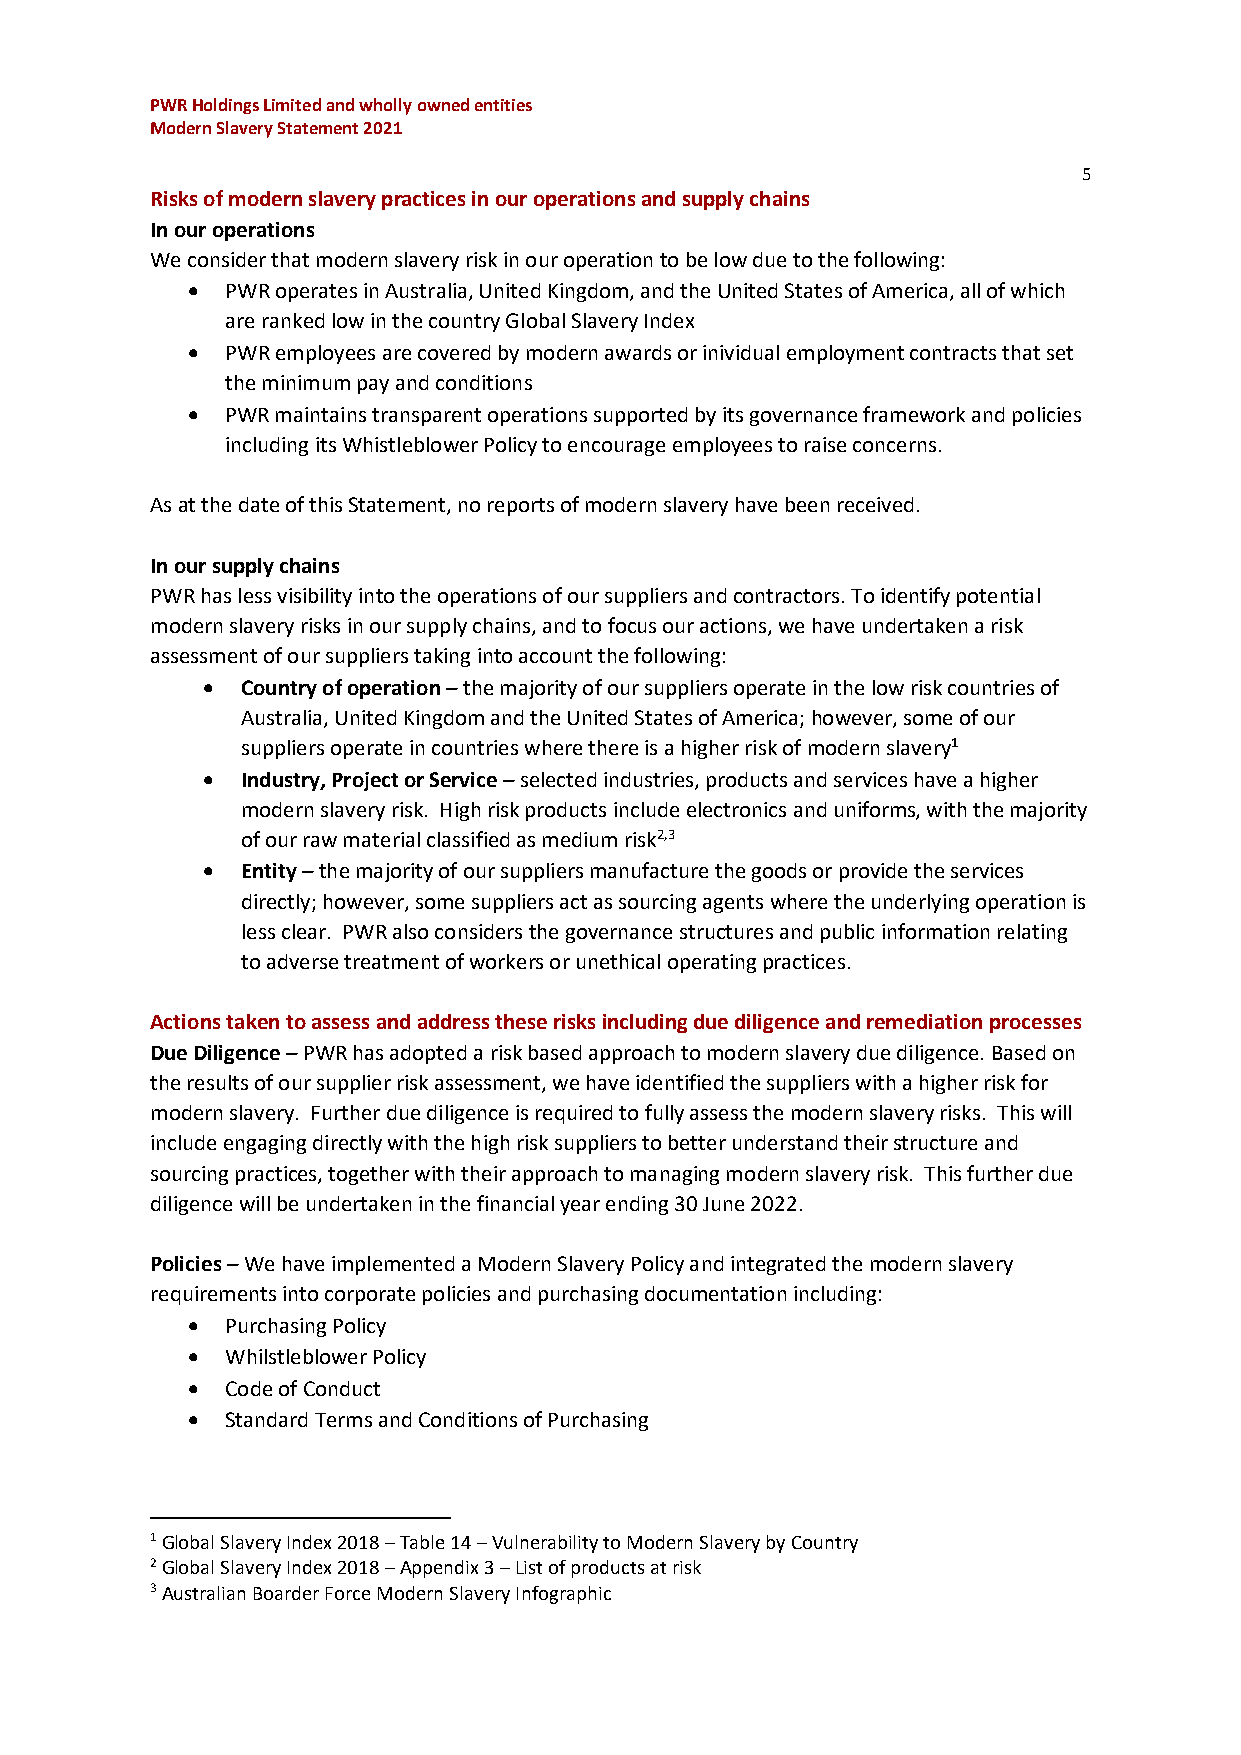
PWR Holdings Limited and wholly owned entities
 Modern Slavery Statement 2021
 5
 Risks of modern slavery practices in our operations and supply chains
 In our operations
 We consider that modern slavery risk in our operation to be low due to the following:
 •  PWR operates in Australia, United Kingdom, and the United States of America, all of which
 are ranked low in the country Global Slavery Index
 •  PWR employees are covered by modern awards or inividual employment contracts that set
 the minimum pay and conditions
 •  PWR maintains transparent operations supported by its governance framework and policies
 including its Whistleblower Policy to encourage employees to raise concerns.
 As at the date of this Statement, no reports of modern slavery have been received.
 In our supply chains
 PWR has less visibility into the operations of our suppliers and contractors. To identify potential
 modern slavery risks in our supply chains, and to focus our actions, we have undertaken a risk
 assessment of our suppliers taking into account the following:
 •  Country of operation – the majority of our suppliers operate in the low risk countries of
 Australia, United Kingdom and the United States of America; however, some of our
 suppliers operate in countries where there is a higher risk of modern slavery1
 •  Industry, Project or Service – selected industries, products and services have a higher
 modern slavery risk. High risk products include electronics and uniforms, with the majority
 of our raw material classified as medium risk2,3
 •  Entity – the majority of our suppliers manufacture the goods or provide the services
 directly; however, some suppliers act as sourcing agents where the underlying operation is
 less clear. PWR also considers the governance structures and public information relating
 to adverse treatment of workers or unethical operating practices.
 Actions taken to assess and address these risks including due diligence and remediation processes
 Due Diligence – PWR has adopted a risk based approach to modern slavery due diligence. Based on
 the results of our supplier risk assessment, we have identified the suppliers with a higher risk for
 modern slavery. Further due diligence is required to fully assess the modern slavery risks. This will
 include engaging directly with the high risk suppliers to better understand their structure and
 sourcing practices, together with their approach to managing modern slavery risk. This further due
 diligence will be undertaken in the financial year ending 30 June 2022.
 Policies – We have implemented a Modern Slavery Policy and integrated the modern slavery
 requirements into corporate policies and purchasing documentation including:
 •  Purchasing Policy
 •  Whilstleblower Policy
 •  Code of Conduct
 •  Standard Terms and Conditions of Purchasing
 1 Global Slavery Index 2018 – Table 14 – Vulnerability to Modern Slavery by Country
 2 Global Slavery Index 2018 – Appendix 3 – List of products at risk
 3 Australian Boarder Force Modern Slavery Infographic